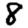
Digit: 8